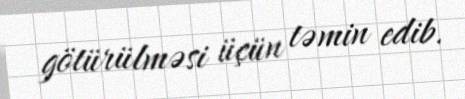
götürülməsi üçün təmin edib.